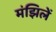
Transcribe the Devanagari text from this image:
मंझिलें